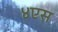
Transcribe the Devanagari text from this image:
४एस